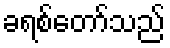
ခရစ်တော်သည်